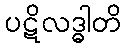
ပဋိလဒ္ဓါတိ